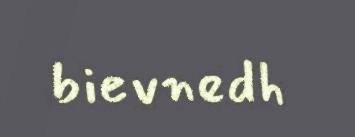
bievnedh